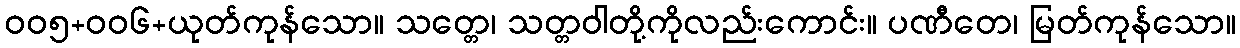
ဝဝ၅+ဝဝ၆+ယုတ်ကုန်သော။ သတ္တေ၊ သတ္တဝါတို့ကိုလည်းကောင်း။ ပဏီတေ၊ မြတ်ကုန်သော။